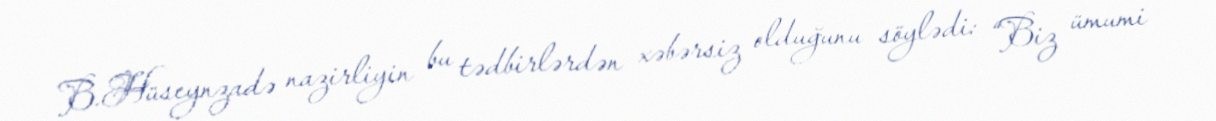
B.Hüseynzadə nazirliyin bu tədbirlərdən xəbərsiz olduğunu söylədi: “Biz ümumi